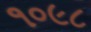
૧૦૯૮